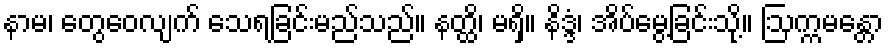
နာမ၊ တွေဝေလျက် သေရခြင်းမည်သည်။ နတ္ထိ၊ မရှိ။ နိဒ္ဒံ၊ အိပ်မွေ့ခြင်းသို့။ ဩက္ကမန္တော